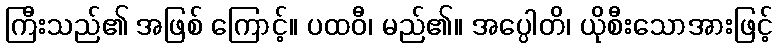
ကြီးသည်၏ အဖြစ် ကြောင့်။ ပထဝီ၊ မည်၏။ အပ္ပေါတိ၊ ယိုစီးသောအားဖြင့်